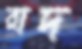
রাদ